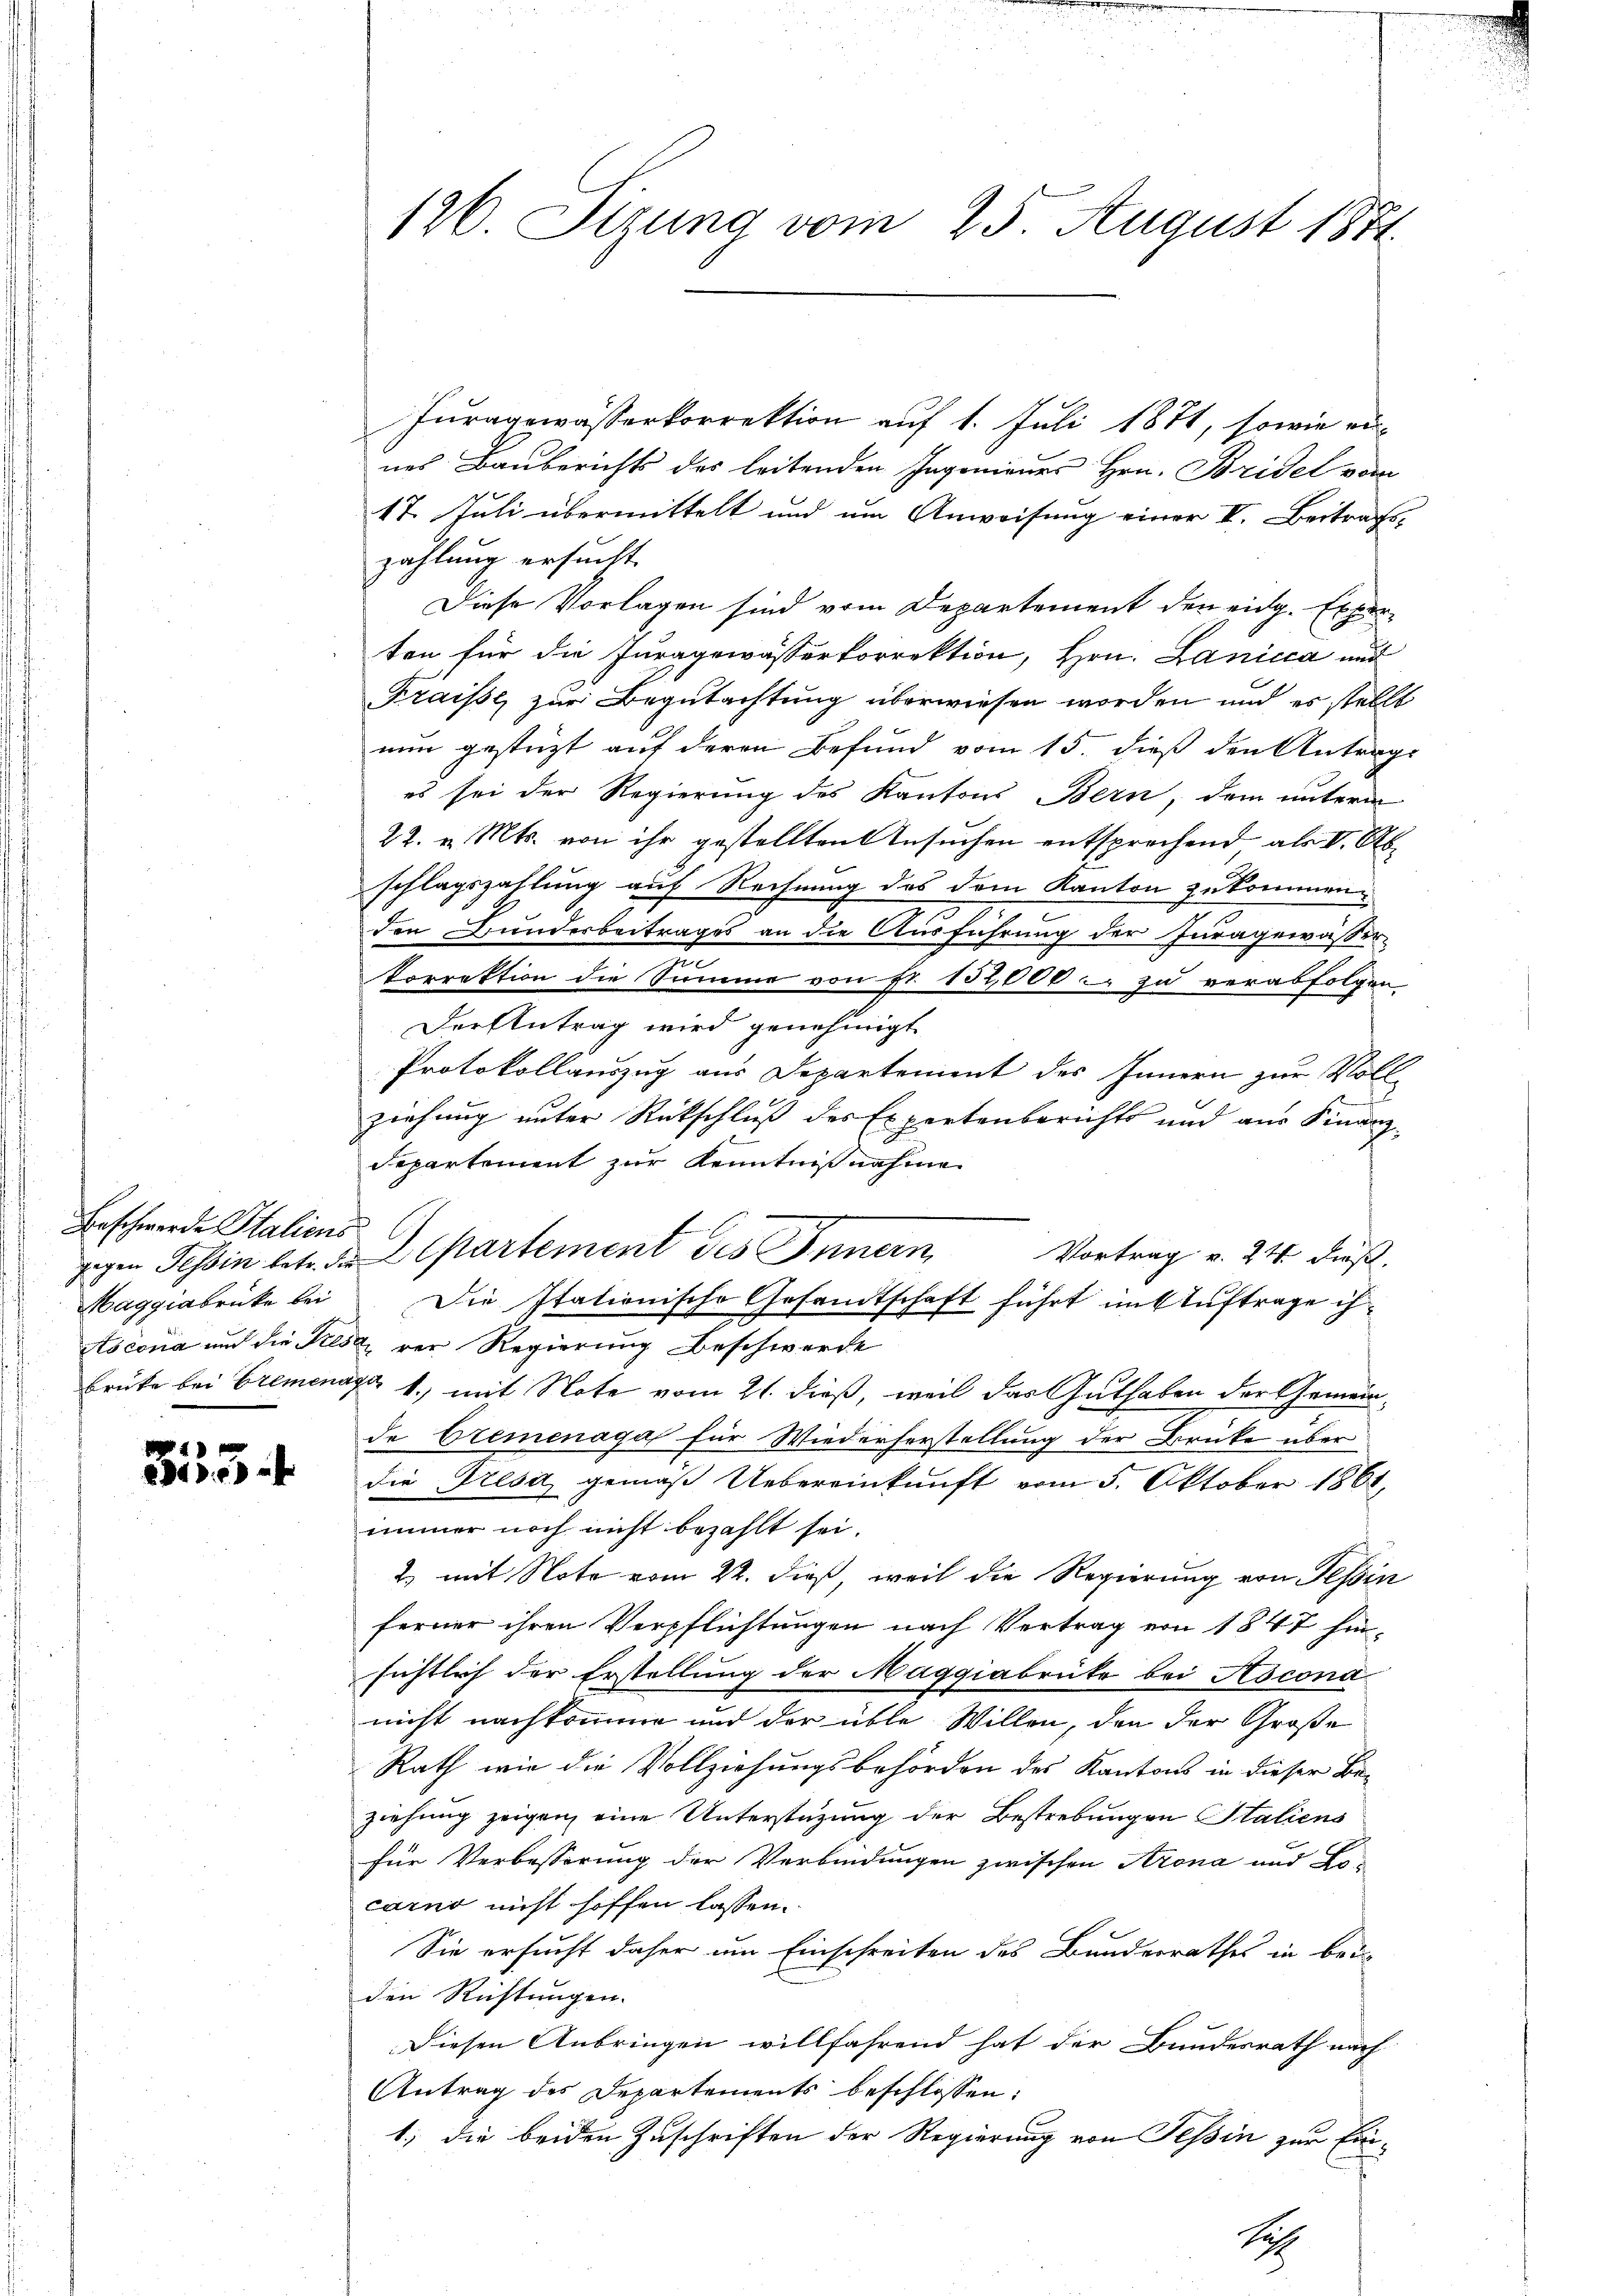
Beschwerde Italiens
Maggiabrücke bei

4
84) a

126. Sizung vom 25. August 1851.

Juragewässerkorrektion auf 1. Juli 1871, sowie ei-
nes Bauberichts des leitenden Ingenieurs Hrn. Bridel vom
17. Juli übermittelt und um Anweisung einer II. Beitrags-
zahlung ersucht.
Diese Vorlagen sind vom Departement den eidg. Experten für die Juragewässerkorrektion, Hrn. Lanicca und
Fraisse zur Begutachtung überwiesen worden und es stellt
nun gestüzt auf deren Befund vom 15. dieß den Antrags
es sei der Regierung des Kantons Bern, dem unterm
22. v. Mts. von ihr gestellten Ansuchen entsprechend als VI. Abschlagszahlung auf Rechnung des dem Kanton zukommen.
den Bunderbeitrages an die Ausführung der Juragewässer-
n
korrektion die Summe von Fr. 152,000 - zu verabfolgen
Der Antrag wird genehmigt
Protokollauszug aus Departement des Innern zur Voll-
ziehung unter Rückschluß des Expertenberichts und aus Finanz
departement zur Kenntnißnahme
gegen Tessin betr. de partement des Innern, Vortrag v. 24. dieß¬
Die stationische Gesandtschaft führt im Auftrage ih¬
Stscona und die Frese, der Regierung beschwerde
brücke bei Bremenage 1.) mit Note vom 21. dieß, weil das Guthaben der Gemeinde Bremenaga für Wiederherstellung der Brücke über
die Fresa gemäß Uebereinkunft vom 5. Oktober 1861,
immer noch nicht bezahlt sei.
2) mit Note vom 22. dieß, weil die Regierung von Tessin
ferner ihren Verpflichtungen nach Vertrag von 1847 hinsichtlich der Erstellung der Maggiabrüke bei Ascona
nicht nachkomme und der üble Willen, den der Große
Rath wie die Vollziehungsbehörden des Kantons in dieser Beziehung zeigen, eine Unterstüzung der Bestrebungen Staliens
für Verbesserung der Verbindungen zwischen Atrona und Locarno nicht hoffen lassen.
Sie ersucht daher um Einschreiten des Bunderrathes in bei
den Richtungen.
Diesen Anbringen willfahrend hat der Bundesrath nach
Antrag des Departements beschlossen:
1., die beiden Zuschriften der Regierung von Tessin zur Er¬
S